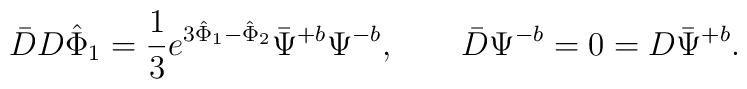
\bar DD{\hat\Phi}_1={1\over 3}e^{3{\hat\Phi}_1-{\hat\Phi}_2}\bar\Psi^{+b}\Psi^{-b},\qquad \bar D\Psi^{-b}=0=D\bar\Psi^{+b}.